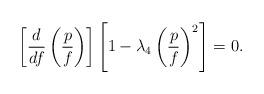
LaTeX: \begin{align*}\left[ \frac{d}{df}\left( \frac{p}{f}\right) \right] \left[ 1-\lambda_{4}\left( \frac{p}{f}\right) ^{2}\right] =0. \end{align*}